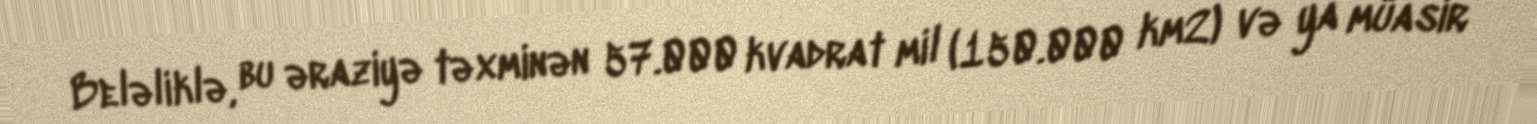
Beləliklə, bu əraziyə təxminən 57.000 kvadrat mil (150.000 km2) və ya müasir